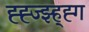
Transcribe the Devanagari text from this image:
ह्ह्ज्झ्ह्ह्ग